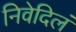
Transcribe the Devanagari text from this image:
निवेदिलं